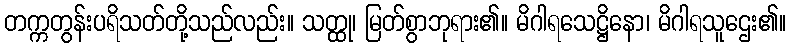
တက္ကတွန်းပရိသတ်တို့သည်လည်း။ သတ္ထု၊ မြတ်စွာဘုရား၏။ မိဂါရသေဋ္ဌိနော၊ မိဂါရသူဌေး၏။